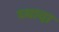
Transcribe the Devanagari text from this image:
घ्यावा़